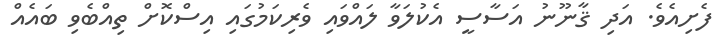
ފެށިއެވެ. އަދި ޤާނޫނު އަސާސީ އެކުލަވާ ލައްވައި ވެރިކަމުގައި އިސްކޮށް ތިއްބެވި ބައެއް